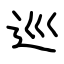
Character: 巡